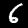
Label: 6